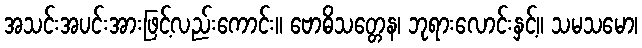
အသင်းအပင်းအားဖြင့်လည်းကောင်း။ ဗောဓိသတ္တေန၊ ဘုရားလောင်းနှင့်။ သမသမော၊